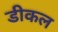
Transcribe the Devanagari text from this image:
डीकल